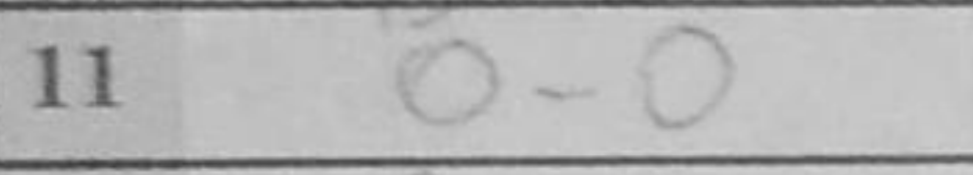
Transcription: O-O